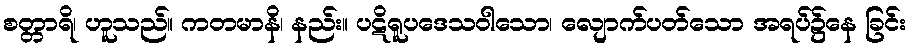
စတ္တာရိ၊ ဟူသည်။ ကတမာနိ၊ နည်း။ ပဋိရူပဒေသဝါသော၊ လျောက်ပတ်သော အရပ်၌နေ ခြင်း